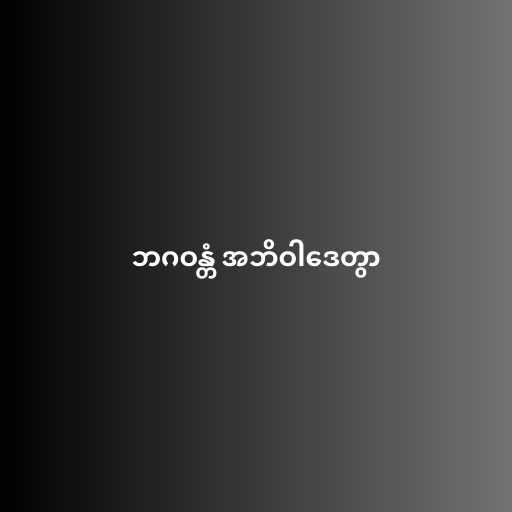
ဘဂဝန္တံ အဘိဝါဒေတွာ